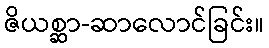
ဇိယစ္ဆာ-ဆာလောင်ခြင်း။